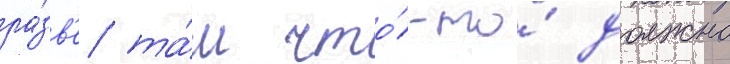
ра́зв'е та́м что́-то́ должно